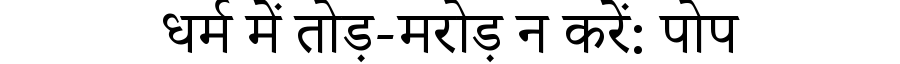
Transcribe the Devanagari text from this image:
धर्म में तोड़-मरोड़ न करें: पोप